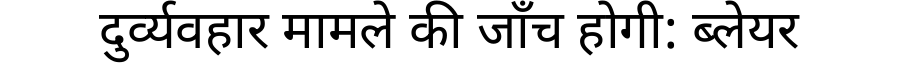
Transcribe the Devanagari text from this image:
दुर्व्यवहार मामले की जाँच होगी: ब्लेयर